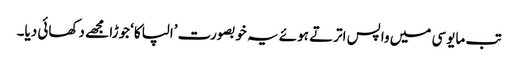
تب مایوسی میں واپس اترتے ہوئے یہ خوبصورت ’الپاکا‘ جوڑا مجھے دکھائی دیا۔